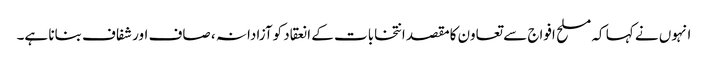
انہوں نے کہا کہ مسلح افواج سے تعاون کامقصد انتخابات کے انعقاد کوآزادانہ ، صاف اور شفاف بنانا ہے۔